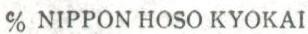
% NIPPON HOSO KYOKAI